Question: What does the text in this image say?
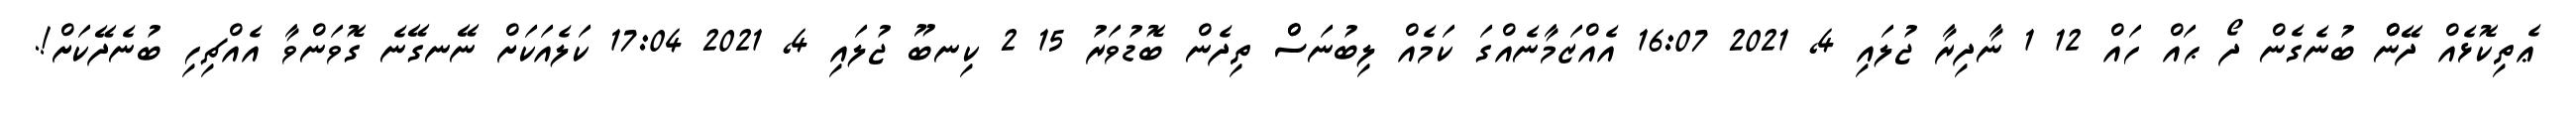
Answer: ޢެތިކޮޅެއް ދޭންް ބުނެގެން ދޯ ޙައް ހައް 12 1 ނާދިރާ ޖުލައި 4, 2021 16:07 އެއްޒަމާނެއްގަ ކަމެއް ލިބުނަސްް ތިދެން ބޮޑުވަރު 15 2 ކިނބޫ ޖުލައި 4, 2021 17:04 ކަލެއަކަށް ނޭނގޭނެ ގޮވަންވާ އެއްޗިހި ބުނެދޭކަށް!.